Annual report of the Imperial Bacteriological Laboratory, Muktesar
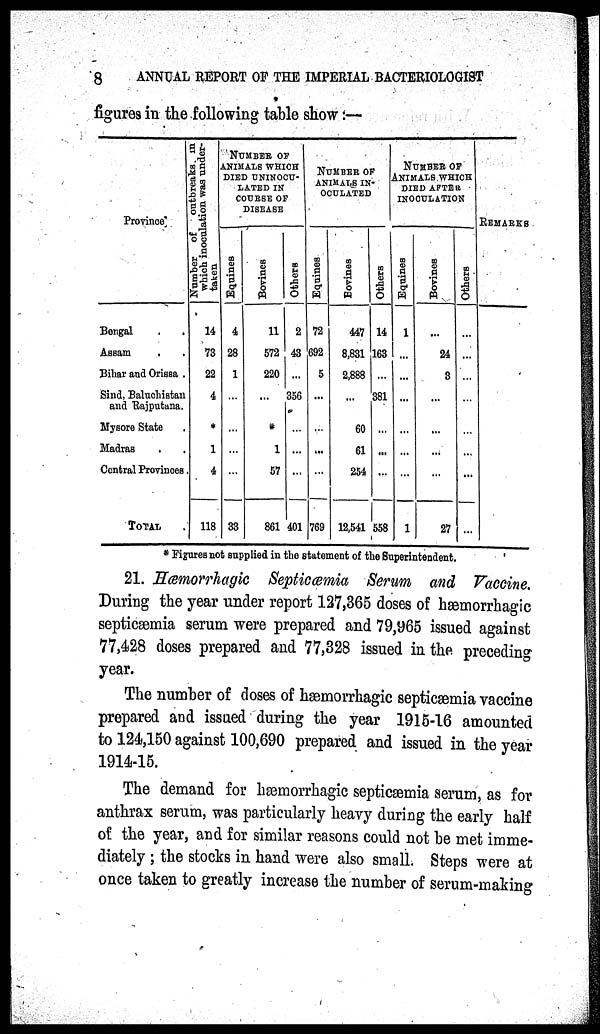
8
ANNUAL REPORT OF THE IMPERIAL BACTERIOLOGIST
figures in the following table show :—
Province
Bengal
Assam
Bihar and Orissa
Sind, Baluchistan
and Rajputana.
Mysore State
Madras
Central Provinces
TOTAL
Number of outbreaks in
which inoculation was under-
taken
14
73
22
4
*
1
4
118
NUMBER OF
ANIMALS WHICH
DIED UNINOCU¬
LATED IN
COURSE OF
DISEASE
Equines
4
28
1
...
...
...
33
Bovines
11
572
220
...
*
1
57
861
Others
2
43
...
356
...
...
...
401
NUMBER OF
ANIMALS IN¬
OCULATED
Equines
72
692
5
...
...
...
...
769
Bovines
447
8,831
2,888
...
60
61
254
12,541
Others
14
163
...
381
...
...
...
558
NUMBER OF
ANIMALS WHICH
DIED AFTER
INOCULATION
Equines
1
...
...
...
...
...
...
1
Bovines
...
24
3
...
...
...
...
27
Others
...
...
...
...
...
...
REMARKS
* Figures not supplied in the statement of the Superintendent.
21. Hæmorrhagic Septicœmia Serum and Vaccine.
During the year under report 127,365 doses of hæmorrhagic
septicæmia serum were prepared and 79,965 issued against
77,428 doses prepared and 77,328 issued in the preceding
year.
The number of doses of hæmorrhagic septicæmia vaccine
prepared and issued during the year 1915-16 amounted
to 124,150 against 100,690 prepared and issued in the year
1914-15.
The demand for hæmorrhagic septicæmia serum, as for
anthrax serum, was particularly heavy during the early half
of the year, and for similar reasons could not be met imme-
diately ; the stocks in hand were also small. Steps were at
once taken to greatly increase the number of serum-making